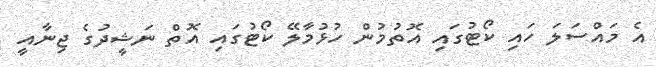
އެ މައްސަލަ ހައި ކޯޓުގައި އޮތުމުން ހުޅުމާލޭ ކޯޓުގައި އޮތް ނަޝީދުގެ ޖިނާއީ